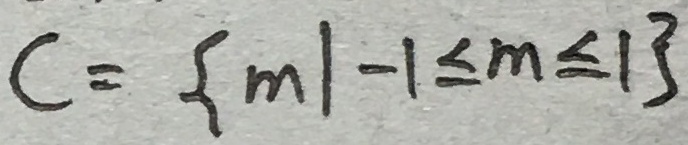
C = \{ m \vert - 1 \leq m \leq 1 \}